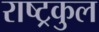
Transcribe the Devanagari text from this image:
राष्‍ट्रकुल